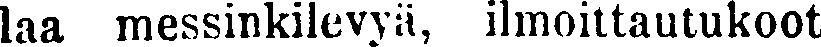
laa messinkilevyä, ilmoittautukoot